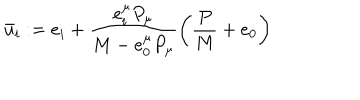
LaTeX: \bar { u } _ { i } : = e _ { i } + \frac { e _ { i } ^ { \mu } P _ { \mu } } { M - e _ { 0 } ^ { \mu } P _ { \mu } } \left( \frac { P } { M } + e _ { 0 } \right)